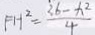
F H ^ { 2 } = \frac { 3 6 - x ^ { 2 } } { 4 }